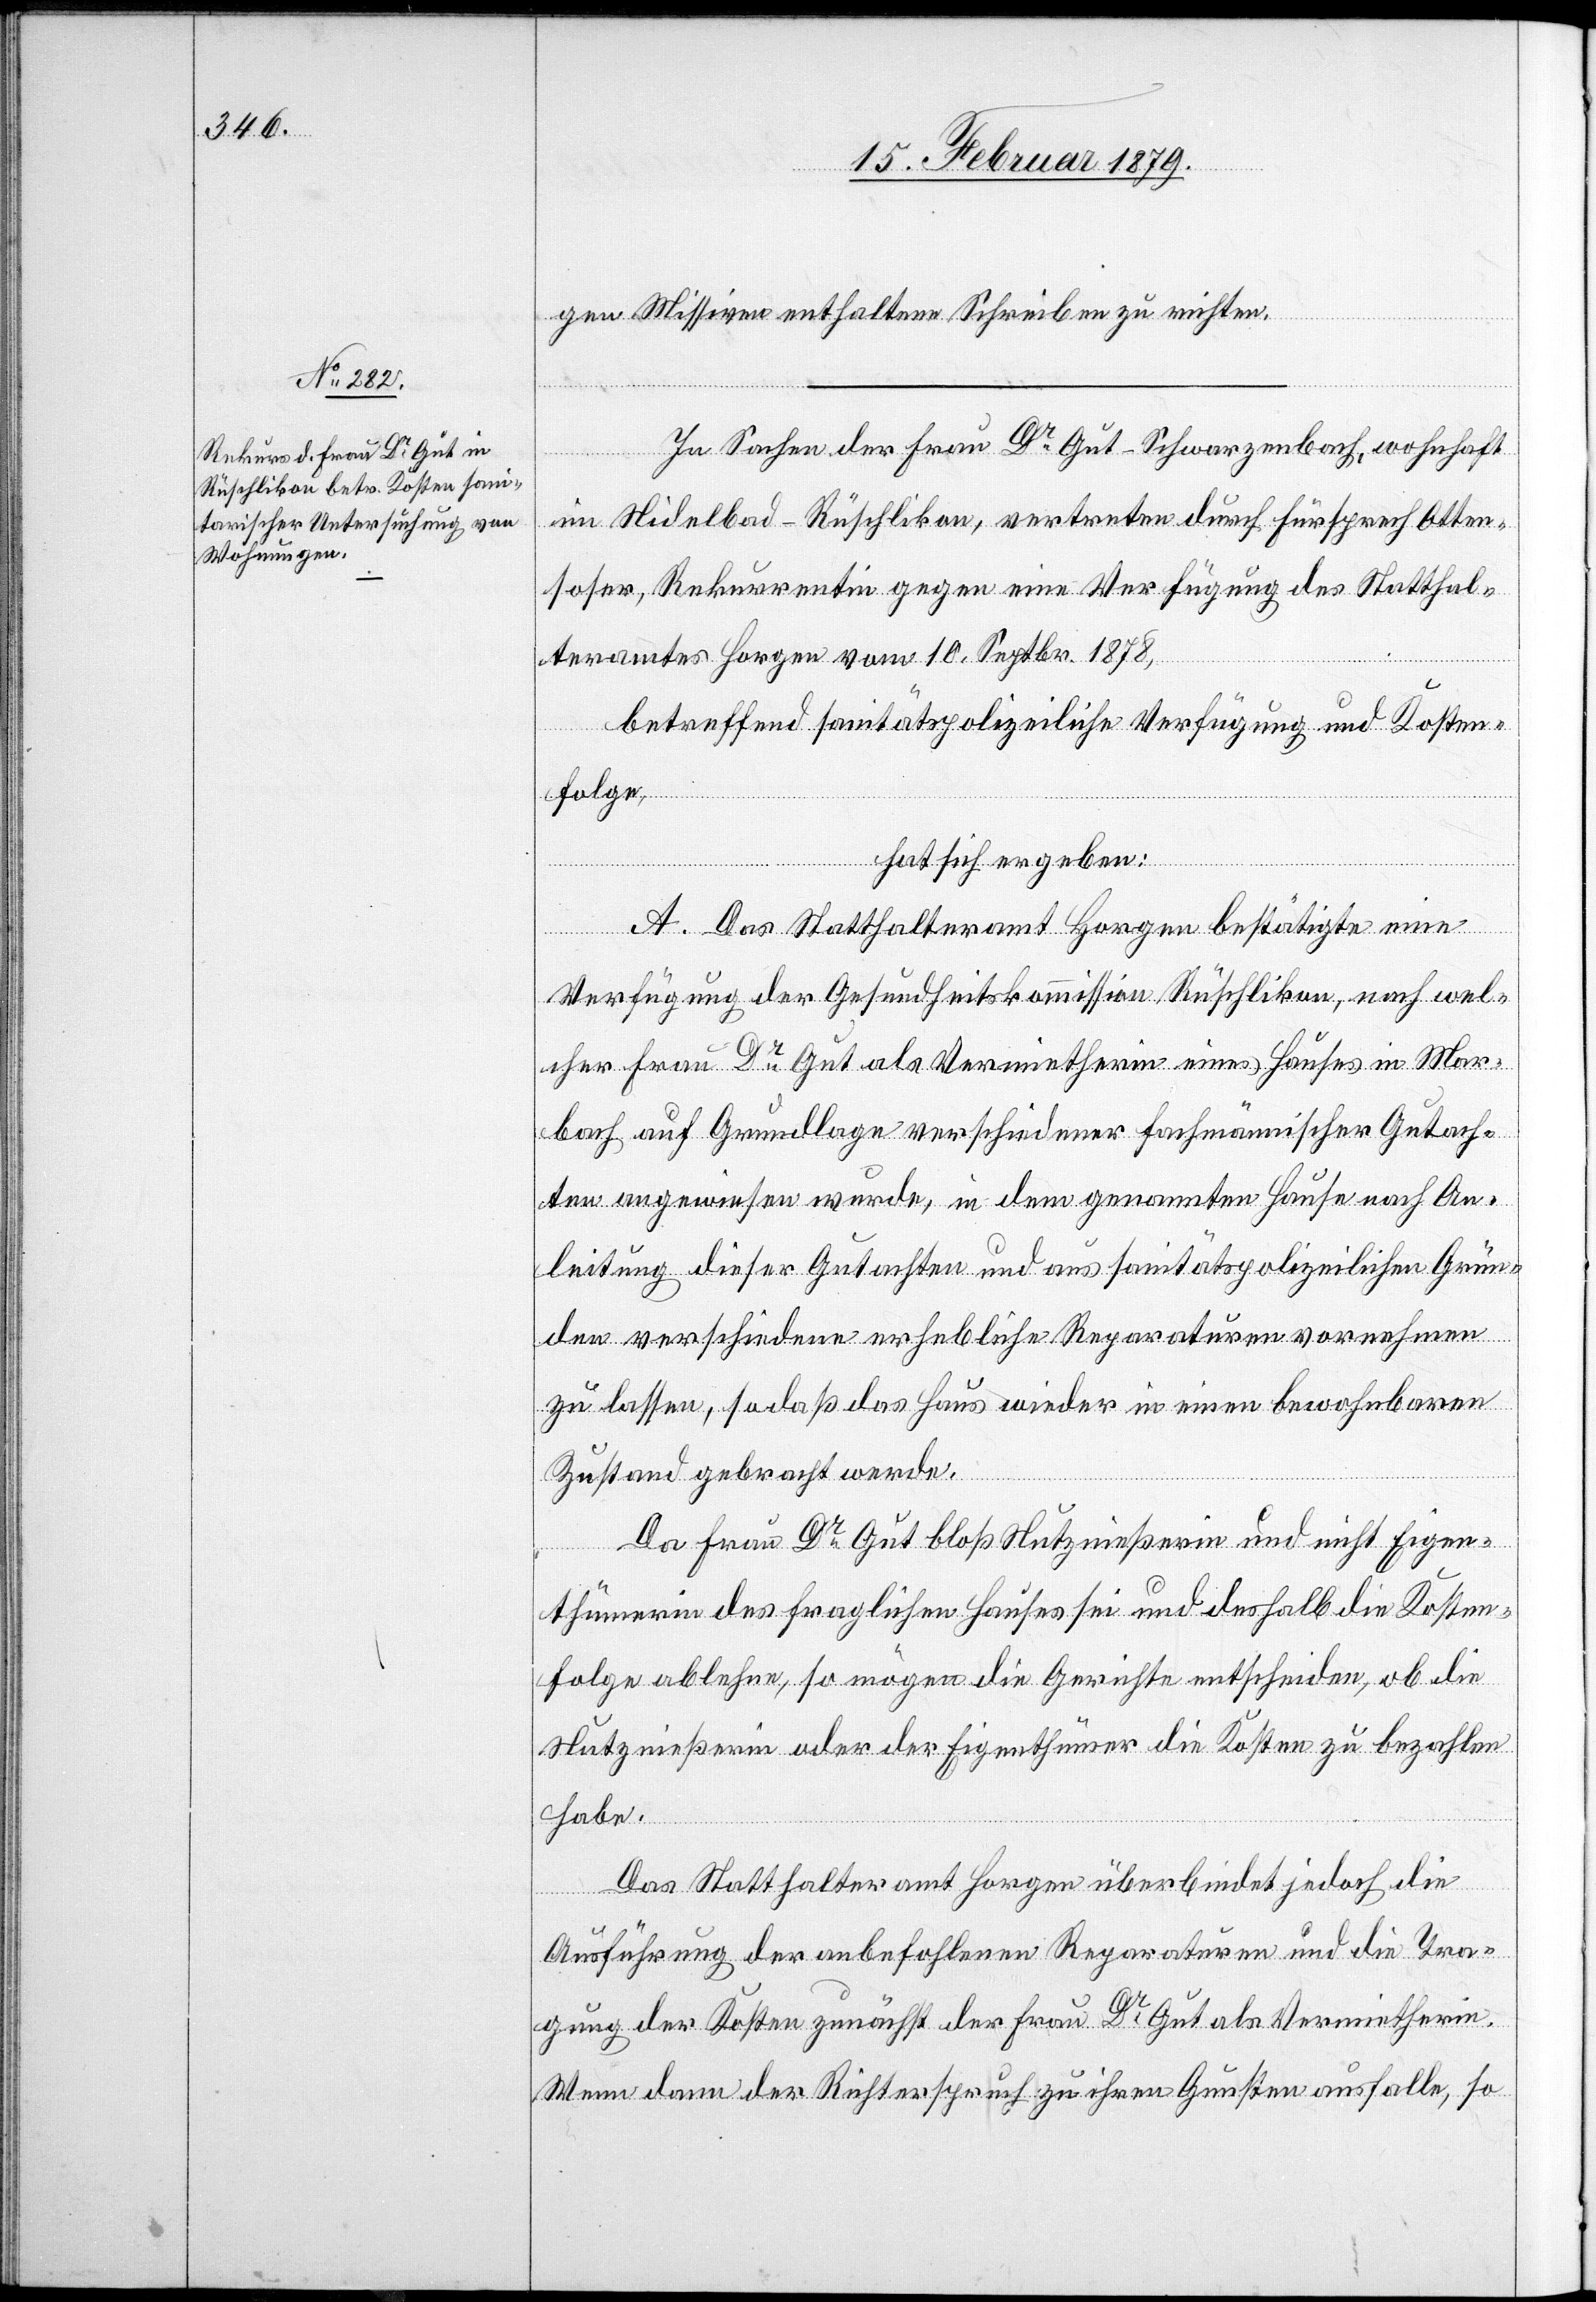
gen Missiven enthaltene Schreiben zu richten.
In Sachen der Frau Dr Gut-Schwarzenbach, wohnhaft
im Nidelbad - Rüschlikon, vertreten durch Fürsprech Atten¬
hofer, Rekurrentin gegen eine Verfügung des Statthal¬
teramtes Horgen vom 10. Septbr. 1878,
betreffend sanitätspolizeiliche Verfügung und Kosten¬
folge,
hat sich ergeben:
A. Das Statthalteramt Horgen bestätigte eine
Verfügung der Gesundheitskommission Rüschlikon, nach wel¬
cher Frau Dr Gut als Vermietherin eines Hauses in Mar¬
bach auf Grundlage verschiedener fachmännischer Gutach¬
ten angewiesen wurde, in dem genannten Hause nach An¬
leitung dieser Gutachten und aus sanitätspolizeilichen Grün¬
den verschiedene erhebliche Reparaturen vornehmen
zu lassen, sodaß das Haus wieder in einen bewohnbaren
Zustand gebracht werde.
Da Frau Dr Gut bloß Nutznießerin und nicht Eigen¬
thümerin des fraglichen Hauses sei und deshalb die Kosten¬
folge ablehne, so mögen die Gerichte entscheiden, ob die
Nutznießerin oder der Eigenthümer die Kosten zu bezahlen
habe.
Das Statthalteramt Horgen überbindet jedoch die
Ausführung der anbefohlenen Reparaturen und die Tra¬
gung der Kosten zunächst der Frau Dr Gut als Vermietherin.
Wenn dann der Richterspruch zu ihren Gunsten ausfalle, so